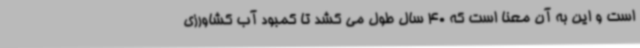
است و این به آن معنا است که 40 سال طول می کشد تا کمبود آب کشاورزی